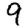
Digit: 9